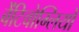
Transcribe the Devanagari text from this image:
बेंटिवोग्लियो